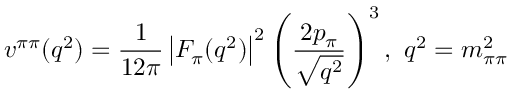
v ^ { \pi \pi } ( q ^ { 2 } ) = \frac { 1 } { 1 2 \pi } \left| F _ { \pi } ( q ^ { 2 } ) \right| ^ { 2 } \left( \frac { 2 p _ { \pi } } { \sqrt { q ^ { 2 } } } \right) ^ { 3 } , ~ q ^ { 2 } = m _ { \pi \pi } ^ { 2 }